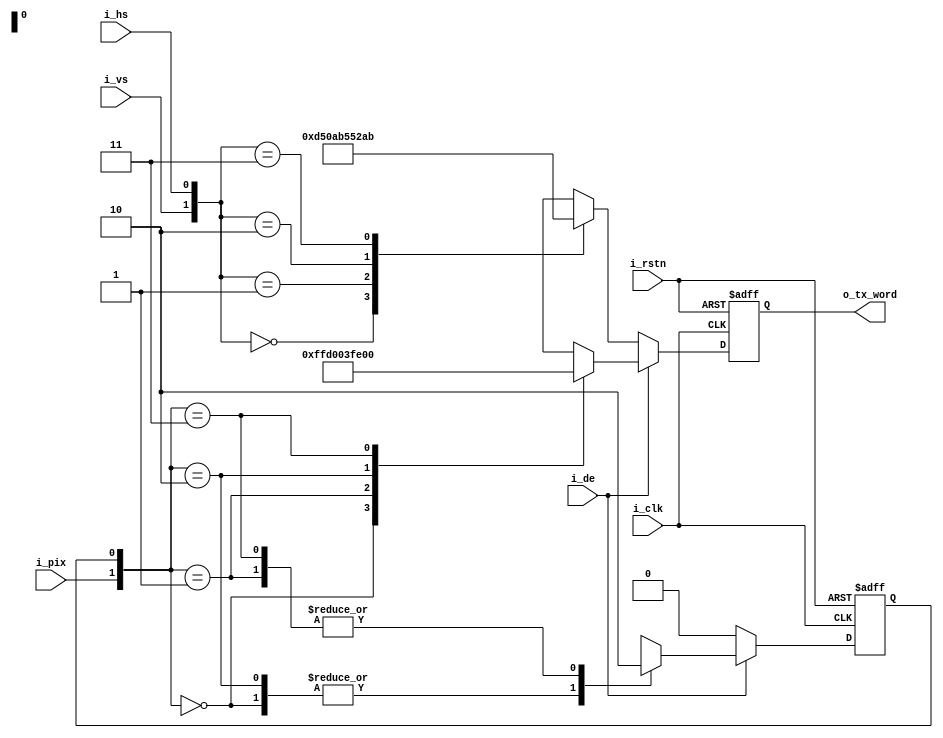
`timescale 1ns / 1ps

module dvi_encoder (
  input i_clk,
  input i_rstn,
  input i_pix,
  input i_de,
  input i_hs,
  input i_vs,
  output reg [9:0] o_tx_word
);

  localparam SYM_CTRL_0 = 10'b1101010100;
  localparam SYM_CTRL_1 = 10'b0010101011;
  localparam SYM_CTRL_2 = 10'b0101010100;
  localparam SYM_CTRL_3 = 10'b1010101011;

  localparam SYM_00_PD = 10'b1111111111;
  localparam SYM_00_ND = 10'b0100000000;
  localparam SYM_FF_PD = 10'b0011111111;
  localparam SYM_FF_ND = 10'b1000000000;

  reg r_disparity;

  always @(posedge i_clk, negedge i_rstn) begin
    if (!i_rstn) begin
      o_tx_word <= 10'b0;
      r_disparity <= 2'b0;
    end else begin
      if (i_de) begin
        // sending pixel symbol
        case ({i_pix, r_disparity})
          2'b00 : begin
            // current disparity is negative
            // send positive disparity zero intensity symbol
            // update disparity to positive
            o_tx_word   <= SYM_00_PD;
            r_disparity <= 1'b1;
          end
          2'b01 : begin
            // current disparity is positive
            // send negative disparity zero intensity symbol
            // update disparity to negative
            o_tx_word   <= SYM_00_ND;
            r_disparity <= 1'b0;
          end
          2'b10 : begin
            // current disparity is negative
            // send positive disparity full intensity symbol
            // update disparity to positive
            o_tx_word   <= SYM_FF_PD;
            r_disparity <= 1'b1;
          end
          2'b11 : begin
            // current disparity is positive
            // send negative disparity full intensity symbol
            // update disparity to negative
            o_tx_word   <= SYM_FF_ND;
            r_disparity <= 1'b0;
          end
        endcase
      end else begin
        // sending blanking symbol
        case ({i_vs, i_hs})
          2'b00 : o_tx_word <= SYM_CTRL_0;
          2'b01 : o_tx_word <= SYM_CTRL_1;
          2'b10 : o_tx_word <= SYM_CTRL_2;
          2'b11 : o_tx_word <= SYM_CTRL_3;
        endcase
        // control symbols have neutral disparity
        // reset disparity so we start with positive pixel symbol in active line
        r_disparity <= 1'b0;
      end
    end 
  end

endmodule